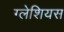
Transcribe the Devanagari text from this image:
ग्लेशियस